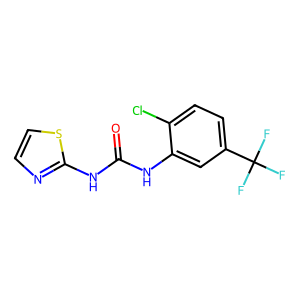
SMILES: O=C(Nc1nccs1)Nc1cc(C(F)(F)F)ccc1Cl
Inhibits HIV replication: No